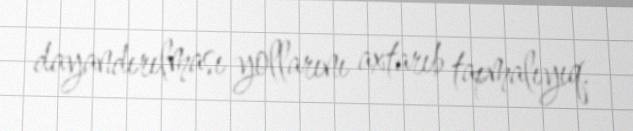
dayandırılması yollarını axtarıb tapmalıyıq.